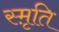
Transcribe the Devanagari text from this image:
स्मृ़ति